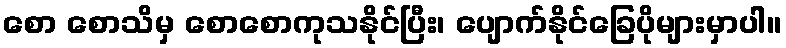
စော စောသိမှ စောစောကုသနိုင်ပြီး၊ ပျောက်နိုင်ခြေပိုများမှာပါ။